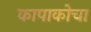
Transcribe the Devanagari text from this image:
कापाकोचा